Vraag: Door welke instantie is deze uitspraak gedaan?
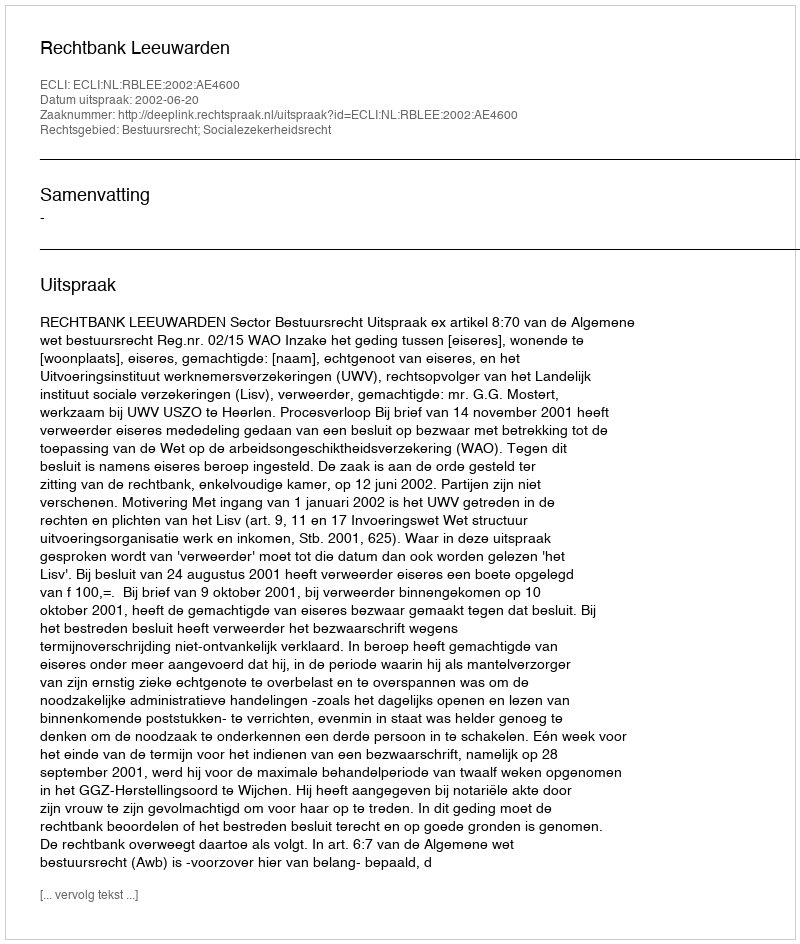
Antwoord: Rechtbank Leeuwarden